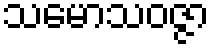
သမောသဝဇ္ဇာ